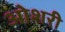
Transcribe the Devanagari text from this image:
ओशरी